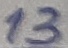
Text: 13